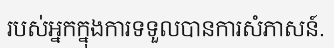
របស់អ្នកក្នុងការទទួលបានការសំភាសន៍.